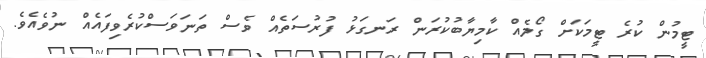
ޓީމުން ކުރެ ޓީމަކަށް ގޯލެއް ކާމިޔާބުކުރަން ރަނގަޅު ފުރުސަތެއް ވެސް ތަނަވަސްކުރެވިފައެއް ނުވެއެވެ.